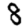
Digit: 8